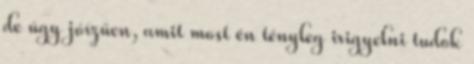
de úgy jóízűen, amit most én tényleg irigyelni tudok